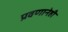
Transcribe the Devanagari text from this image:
प्रवणानेही